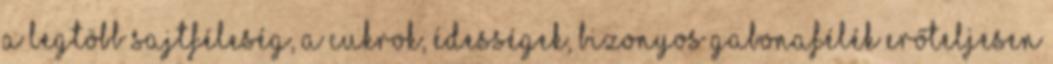
a legtöbb sajtféleség, a cukrok, édességek, bizonyos gabonafélék erőteljesen